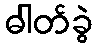
ဓါတ်ခွဲ